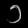
Digit: ၁